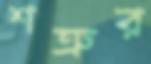
শত্রুর